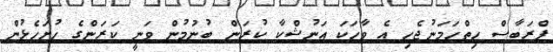
ޕްރަބާސް ހިތްހަމަނުޖެހި އެ ވާހަކަ އަނުޝްކާ ކުރަން ބުނުމުން ވަނީ ކަރަންގެ ހުށަހެޅުން